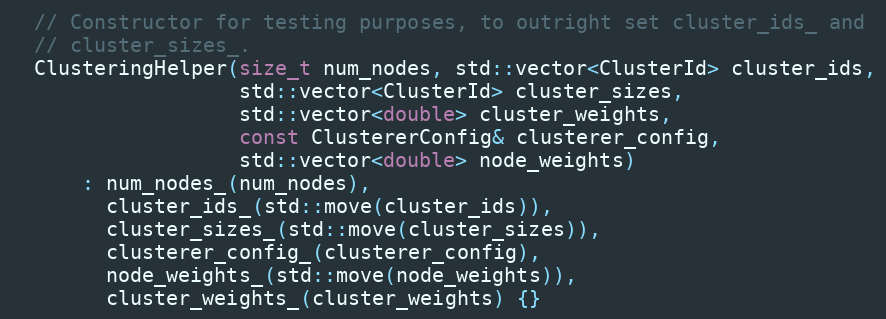
Language: C
  // Constructor for testing purposes, to outright set cluster_ids_ and
  // cluster_sizes_.
  ClusteringHelper(size_t num_nodes, std::vector<ClusterId> cluster_ids,
                   std::vector<ClusterId> cluster_sizes,
                   std::vector<double> cluster_weights,
                   const ClustererConfig& clusterer_config,
                   std::vector<double> node_weights)
      : num_nodes_(num_nodes),
        cluster_ids_(std::move(cluster_ids)),
        cluster_sizes_(std::move(cluster_sizes)),
        clusterer_config_(clusterer_config),
        node_weights_(std::move(node_weights)),
        cluster_weights_(cluster_weights) {}